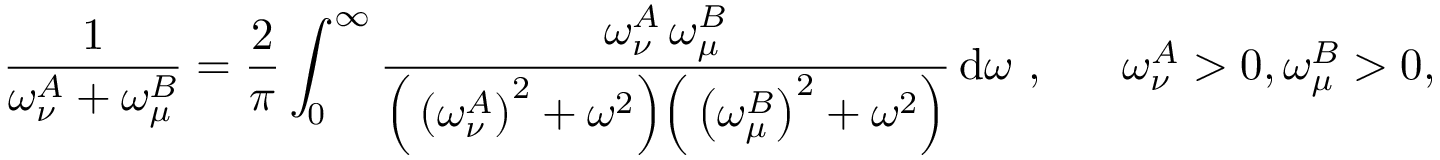
\frac { 1 } { \omega _ { \nu } ^ { A } + \omega _ { \mu } ^ { B } } = \frac { 2 } { \pi } \int _ { 0 } ^ { \infty } \frac { \omega _ { \nu } ^ { A } \, \omega _ { \mu } ^ { B } } { \Big ( \left( \omega _ { \nu } ^ { A } \right) ^ { 2 } + \omega ^ { 2 } \Big ) \Big ( \left( \omega _ { \mu } ^ { B } \right) ^ { 2 } + \omega ^ { 2 } \Big ) } \, \mathrm { d } \omega \ , \ \ \ \ \ \omega _ { \nu } ^ { A } > 0 , \omega _ { \mu } ^ { B } > 0 ,